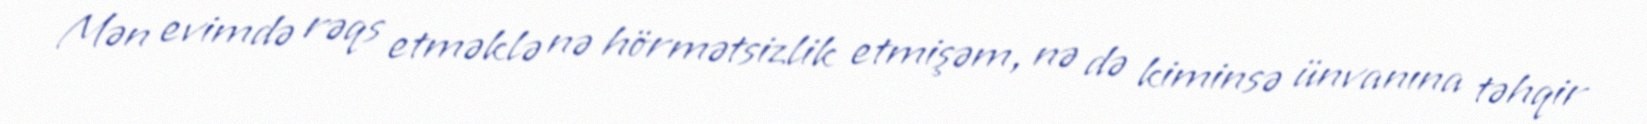
Mən evimdə rəqs etməklə nə hörmətsizlik etmişəm, nə də kiminsə ünvanına təhqir